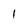
Character: l